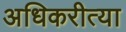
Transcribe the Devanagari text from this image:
अधिकरीत्या